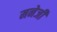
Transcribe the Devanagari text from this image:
मनेजी